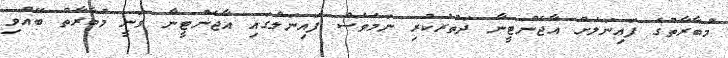
މުބާރާތުގެ ފައިނަލަށް އާޖެންޓީނާ ދަތުރުކުރި ނަމަވެސް ފައިނަލްގައި އާޖެންޓީނާ ވަނީ މުބާރާތް ބޭއްވި